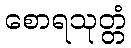
စောရသုတ္တံ